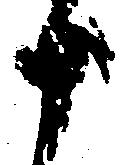
十